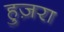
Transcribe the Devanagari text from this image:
हुज़रा